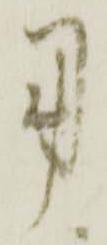
用